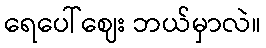
ရေပေါ်ဈေး ဘယ်မှာလဲ။